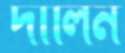
দালিন